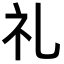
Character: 礼